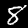
Digit: 8